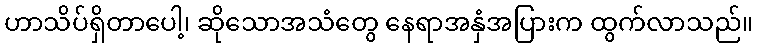
ဟာသိပ်ရှိတာပေါ့၊ ဆိုသောအသံတွေ နေရာအနှံအပြားက ထွက်လာသည်။